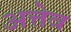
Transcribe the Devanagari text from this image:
अत्तेव